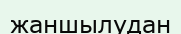
жаншылудан